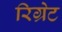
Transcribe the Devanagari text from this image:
रिग्रेट